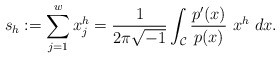
\begin{align*}s_h:=\sum_{j=1}^wx_j^{h}=\frac{1}{2\pi \sqrt{-1}}\int_{\mathcal C}\frac{p'(x)}{p(x)}~x^h ~dx.\end{align*}